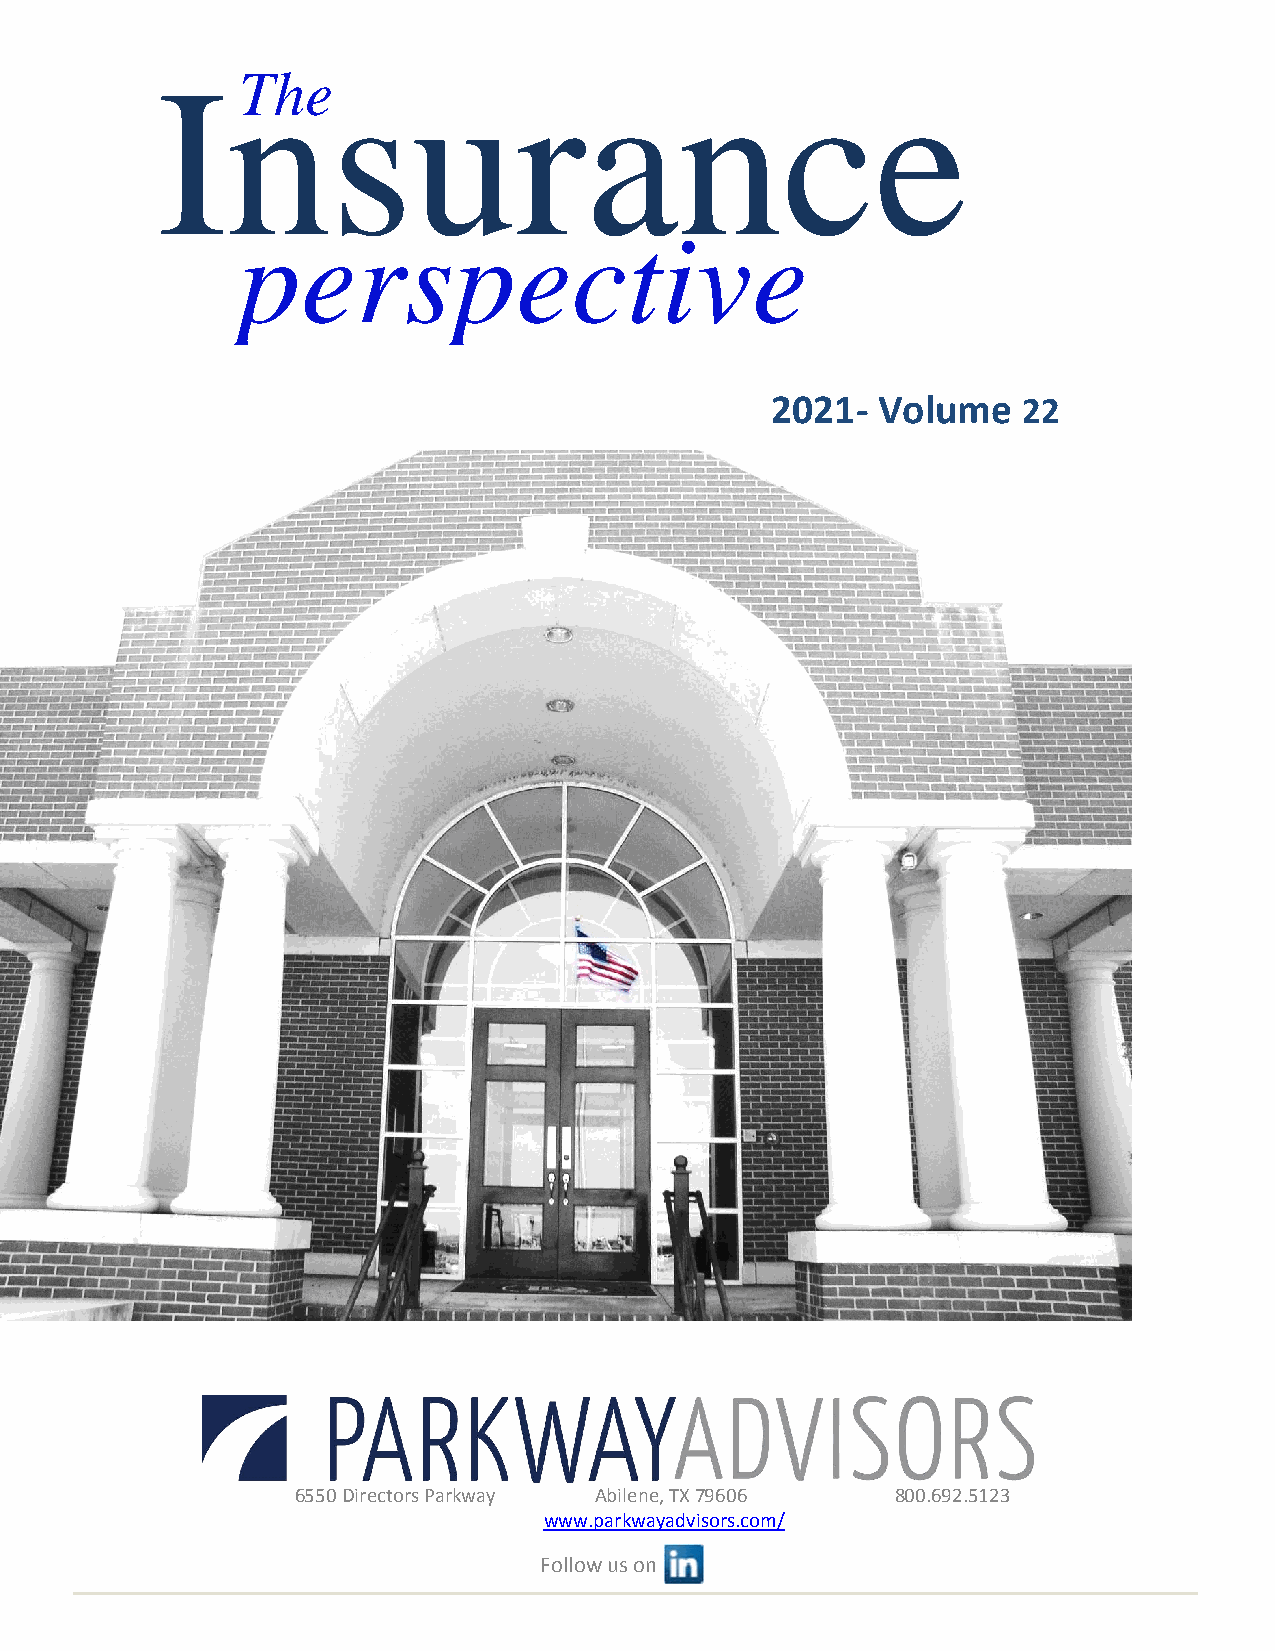
I    nThes       urance
 perspective
 2021‐  Volume
 22
 6550 Directors Parkway Abilene, TX 79606 800.692.5123
 www.parkwayadvisors.com/
 Follow us on